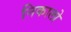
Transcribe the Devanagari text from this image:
निकालो